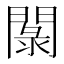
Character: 𲈭